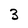
Character: 3